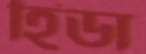
হিডা